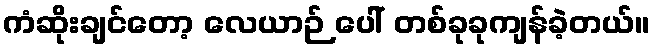
ကံဆိုးချင်တော့ လေယာဉ် ပေါ် တစ်ခုခုကျန်ခဲ့တယ်။